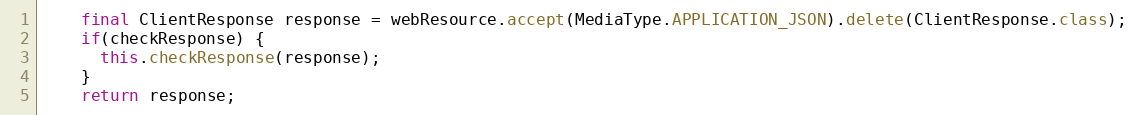
Language: Java
    final ClientResponse response = webResource.accept(MediaType.APPLICATION_JSON).delete(ClientResponse.class);
    if(checkResponse) {
      this.checkResponse(response);
    }
    return response;